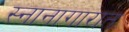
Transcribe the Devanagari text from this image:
स्नानागारात